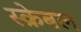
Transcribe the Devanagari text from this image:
स्क्रेबल